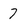
Character: 7